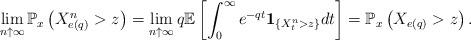
LaTeX: \begin{align*}&\lim_{n \uparrow \infty}\mathbb P_x\left(X^n_{e(q)} > z \right)=\lim_{n \uparrow \infty}q\mathbb E\left[\int_{0}^{\infty}e^{-qt}\textbf{1}_{\{X^n_t>z\}}dt\right]=\mathbb P_x\left(X_{e(q)} > z \right).\end{align*}